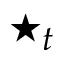
\star _ { t }